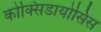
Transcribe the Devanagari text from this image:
कोक्सिडायोसिस